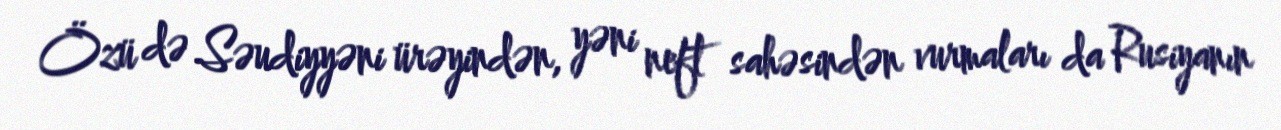
Özü də Səudiyyəni ürəyindən, yəni neft sahəsindən vurmaları da Rusiyanın